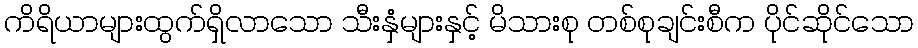
ကိရိယာများထွက်ရှိလာသော သီးနှံများနှင့် မိသားစု တစ်စုချင်းစီက ပိုင်ဆိုင်သော